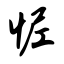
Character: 怩